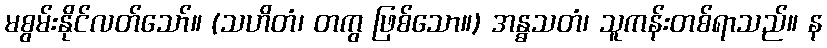
မစွမ်းနိုင်လတ်သော်။ (သဟိတံ၊ တကွ ဖြစ်သော။) အန္ဓသတံ၊ သူကန်းတစ်ရာသည်။ န